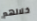
خلالهم